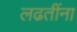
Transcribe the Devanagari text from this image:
लढतींना